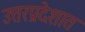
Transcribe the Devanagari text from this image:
उत्तरप्रदेशात